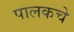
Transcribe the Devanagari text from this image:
पालकचे